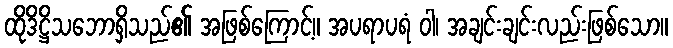
ထိုဒိဋ္ဌိသဘောရှိသည်၏ အဖြစ်ကြောင့်။ အပရာပရံ ဝါ၊ အချင်းချင်းလည်းဖြစ်သော။